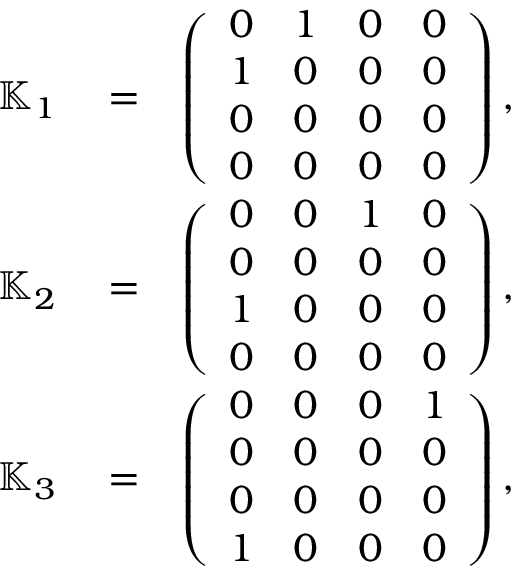
\begin{array} { r l r } { { \mathbb K } _ { 1 } } & { { } = } & { \left( \begin{array} { r r r r } { 0 } & { 1 } & { 0 } & { 0 } \\ { 1 } & { 0 } & { 0 } & { 0 } \\ { 0 } & { 0 } & { 0 } & { 0 } \\ { 0 } & { 0 } & { 0 } & { 0 } \end{array} \right) , } \\ { { \mathbb K } _ { 2 } } & { { } = } & { \left( \begin{array} { r r r r } { 0 } & { 0 } & { 1 } & { 0 } \\ { 0 } & { 0 } & { 0 } & { 0 } \\ { 1 } & { 0 } & { 0 } & { 0 } \\ { 0 } & { 0 } & { 0 } & { 0 } \end{array} \right) , } \\ { { \mathbb K } _ { 3 } } & { { } = } & { \left( \begin{array} { r r r r } { 0 } & { 0 } & { 0 } & { 1 } \\ { 0 } & { 0 } & { 0 } & { 0 } \\ { 0 } & { 0 } & { 0 } & { 0 } \\ { 1 } & { 0 } & { 0 } & { 0 } \end{array} \right) , } \end{array}